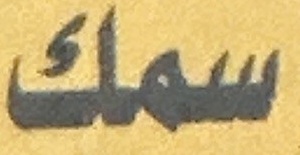
سمك